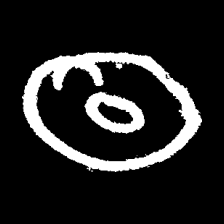
Pyu character \u2014 Myanmar letter: ထ (romanized: tha)